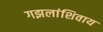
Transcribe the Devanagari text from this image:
गझलांशिवाय